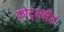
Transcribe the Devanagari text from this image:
कोट्सलैंड